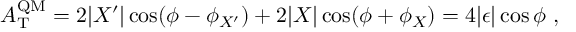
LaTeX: A _ { \mathrm { T } } ^ { \mathrm { Q M } } = 2 | X ^ { \prime } | \cos ( \phi - \phi _ { X ^ { \prime } } ) + 2 | X | \cos ( \phi + \phi _ { X } ) = 4 | \epsilon | \cos \phi \ ,